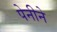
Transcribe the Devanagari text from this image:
पेनीने